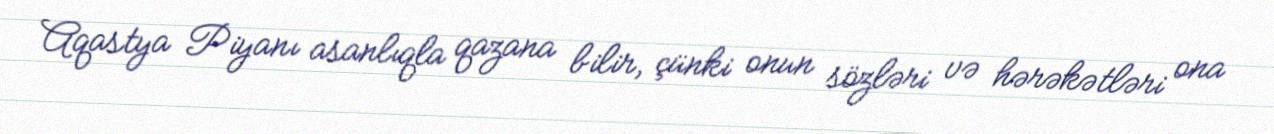
Aqastya Piyanı asanlıqla qazana bilir, çünki onun sözləri və hərəkətləri ona